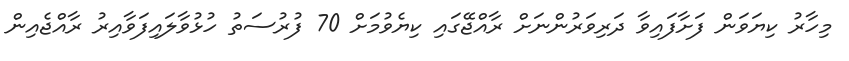
މިހާރު ކިޔަވަން ފަށާފައިވާ ދަރިވަރުންނަށް ރާއްޖޭގައި ކިޔެވުމަށް 70 ފުރުސަތު ހުޅުވާލައިފަވާއިރު ރާއްޖެއިން